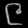
Digit: ၉